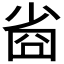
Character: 𡮀